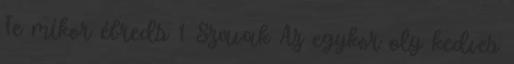
Te mikor ébreds 1 Szavak Az egykor oly kedves